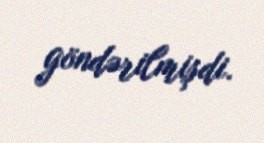
göndərilmişdi.